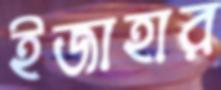
ইজাহার